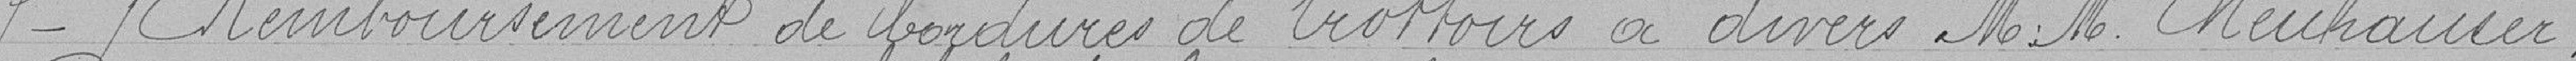
7°-Remboursement de bordures de troittoirs à divers M.M. Neuhauser